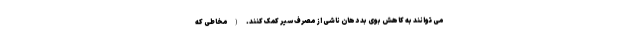
می توانند به کاهش بوی بد دهان ناشی از مصرف سیر کمک کنند. (مخاطی که